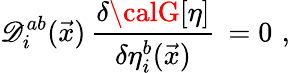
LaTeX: \mathscr{D}_{i}^{ab}(\vec{{x}})\, \frac{{\delta{\calG}[\eta]}}{{\delta\eta_{i}^{b}(\vec{{x}})}}\, =0\, \, ,